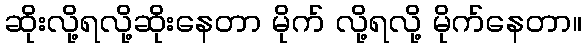
ဆိုးလို့ရလို့ဆိုးနေတာ မိုက် လို့ရလို့ မိုက်နေတာ။